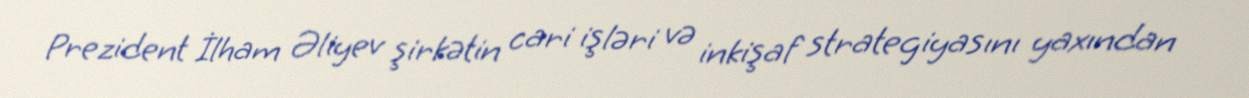
Prezident İlham Əliyev şirkətin cari işləri və inkişaf strategiyasını yaxından